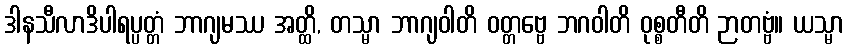
ဒါနသီလာဒိပါရပ္ပတ္တံ ဘာဂျမဿ အတ္ထိ, တသ္မာ ဘာဂျဝါတိ ဝတ္တဗ္ဗေ ဘဂဝါတိ ဝုစ္စတီတိ ဉာတဗ္ဗံ။ ယသ္မာ